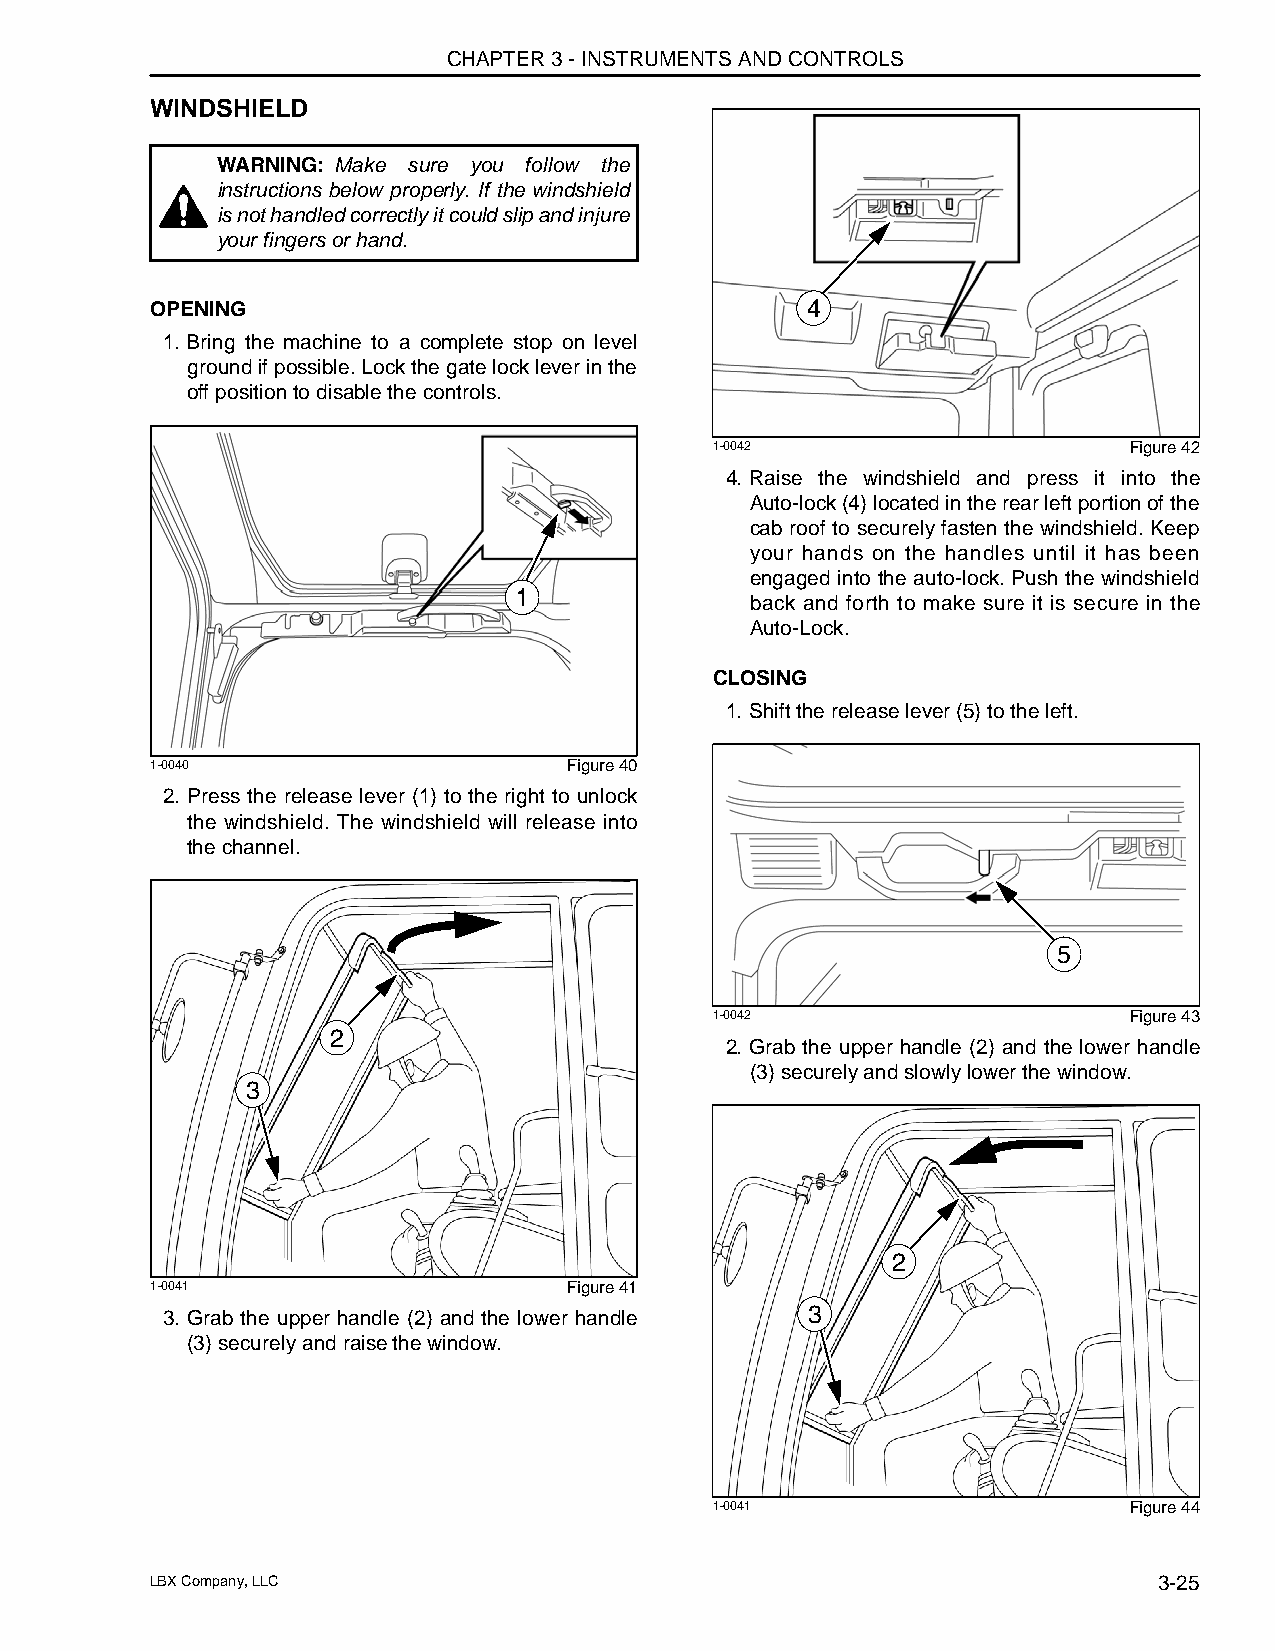
CHAPTER 3 - INSTRUMENTS AND CONTROLS
 WINDSHIELD
 WARNING: Make sure you follow the
 instructions below properly. If the windshield
 is not handled correctly it could slip and injure
 your fingers or hand.
 OPENING                                    4
 1. Bring the machine to a complete stop on level
 ground if possible. Lock the gate lock lever in the
 off position to disable the controls.
 1-0042                      Figure 42
 4. Raise the windshield and press it into the
 Auto-lock (4) located in the rear left portion of the
 cab roof to securely fasten the windshield. Keep
 your hands on the handles until it has been
 engaged into the auto-lock. Push the windshield
 1
 back and forth to make sure it is secure in the
 Auto-Lock.
 CLOSING
 1. Shift the release lever (5) to the left.
 1-0040                      Figure 40
 2. Press the release lever (1) to the right to unlock
 the windshield. The windshield will release into
 the channel.
 5
 1-0042                      Figure 43
 2
 2. Grab the upper handle (2) and the lower handle
 (3) securely and slowly lower the window.
 3
 2
 1-0041                      Figure 41
 3. Grab the upper handle (2) and the lower handle 3
 (3) securely and raise the window.
 1-0041                      Figure 44
 LBX Company, LLC                                                   3-25